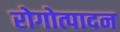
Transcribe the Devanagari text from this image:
रोगोत्पादन